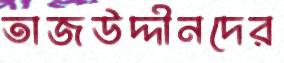
তাজউদ্দীনদের